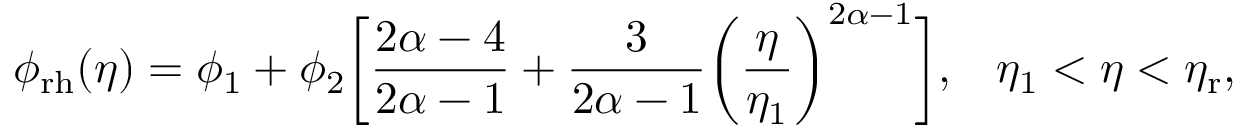
\phi _ { \mathrm { r h } } ( \eta ) = \phi _ { 1 } + \phi _ { 2 } \biggl [ \frac { 2 \alpha - 4 } { 2 \alpha - 1 } + \frac { 3 } { 2 \alpha - 1 } \biggl ( \frac { \eta } { \eta _ { 1 } } \biggr ) ^ { 2 \alpha - 1 } \biggr ] , \, \, \, \, \, \eta _ { 1 } < \eta < \eta _ { \mathrm { r } } ,